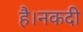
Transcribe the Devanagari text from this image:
है।नकदी